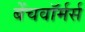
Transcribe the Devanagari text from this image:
बेंचवॉर्मर्स